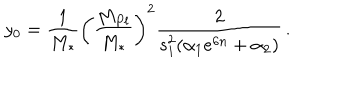
y _ { 0 } = { \frac { 1 } { M _ { * } } } \left( \frac { M _ { P l } } { M _ { * } } \right) ^ { 2 } { \frac { 2 } { s _ { 1 } ^ { 2 } ( \alpha _ { 1 } e ^ { 6 n } + \alpha _ { 2 } ) } } \, .